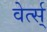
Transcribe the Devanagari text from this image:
वेर्त्स्